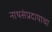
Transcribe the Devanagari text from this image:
नाथसंप्रदायाचा